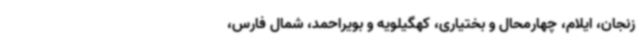
زنجان، ایلام، چهارمحال و بختیاری، کهگیلویه و بویراحمد، شمال فارس،